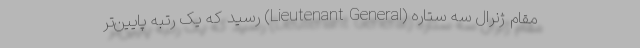
مقام ژنرال سه ستاره (Lieutenant General) رسید که یک رتبه پایین‌تر